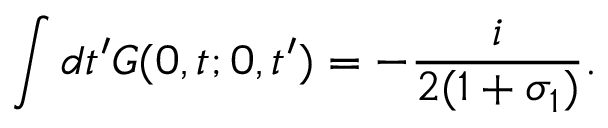
\int d t ^ { \prime } G ( 0 , t ; 0 , t ^ { \prime } ) = - \frac { i } { 2 ( 1 + \sigma _ { 1 } ) } .